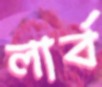
লার্ব